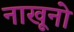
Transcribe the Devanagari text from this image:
नाखूनो